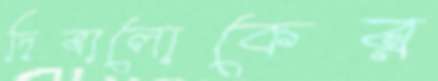
দিবালোকের